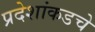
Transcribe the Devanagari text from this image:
प्रदेशांकडचे